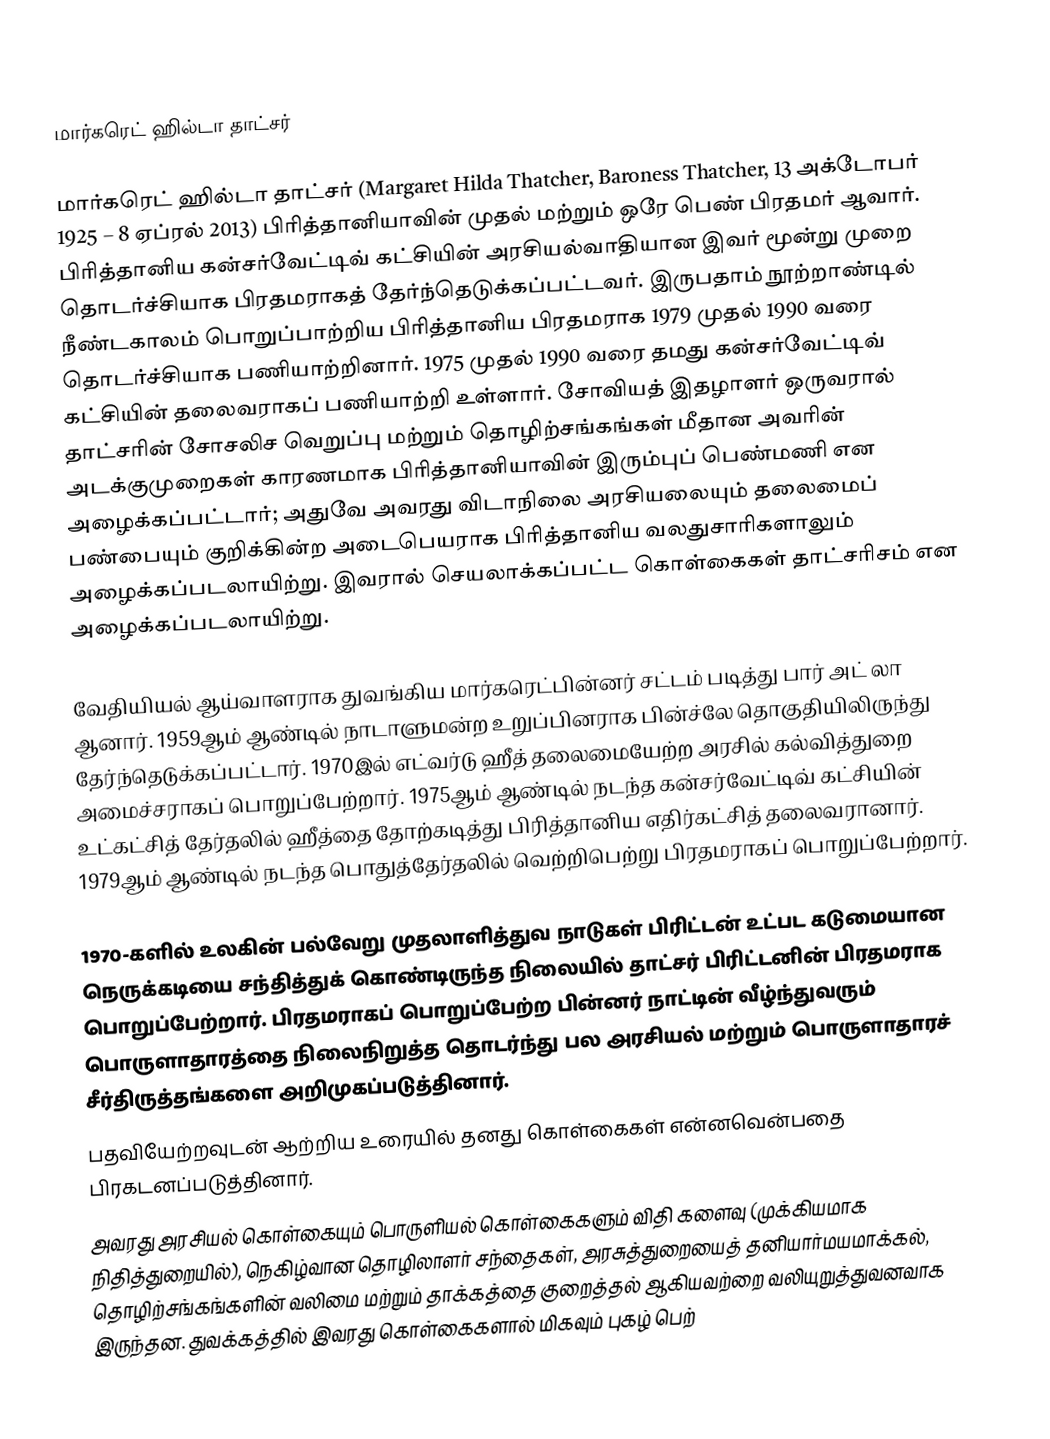

மார்கரெட் ஹில்டா தாட்சர்

மார்கரெட் ஹில்டா தாட்சர் (Margaret Hilda Thatcher, Baroness Thatcher, 13 அக்டோபர் 1925 – 8 ஏப்ரல் 2013) பிரித்தானியாவின் முதல் மற்றும் ஒரே பெண் பிரதமர் ஆவார். பிரித்தானிய கன்சர்வேட்டிவ் கட்சியின் அரசியல்வாதியான இவர் மூன்று முறை தொடர்ச்சியாக பிரதமராகத் தேர்ந்தெடுக்கப்பட்டவர். இருபதாம் நூற்றாண்டில் நீண்டகாலம் பொறுப்பாற்றிய பிரித்தானிய பிரதமராக 1979 முதல் 1990 வரை தொடர்ச்சியாக  பணியாற்றினார். 1975 முதல் 1990 வரை தமது கன்சர்வேட்டிவ் கட்சியின் தலைவராகப் பணியாற்றி உள்ளார். சோவியத் இதழாளர் ஒருவரால் தாட்சரின் சோசலிச வெறுப்பு மற்றும் தொழிற்சங்கங்கள் மீதான அவரின் அடக்குமுறைகள் காரணமாக பிரித்தானியாவின் இரும்புப் பெண்மணி என அழைக்கப்பட்டார்; அதுவே அவரது விடாநிலை அரசியலையும் தலைமைப் பண்பையும் குறிக்கின்ற அடைபெயராக பிரித்தானிய வலதுசாரிகளாலும் அழைக்கப்படலாயிற்று. இவரால் செயலாக்கப்பட்ட கொள்கைகள் தாட்சரிசம் என அழைக்கப்படலாயிற்று.

வேதியியல் ஆய்வாளராக  துவங்கிய மார்கரெட்பின்னர் சட்டம் படித்து பார் அட் லா ஆனார். 1959ஆம் ஆண்டில் நாடாளுமன்ற உறுப்பினராக பின்ச்லே தொகுதியிலிருந்து தேர்ந்தெடுக்கப்பட்டார். 1970இல் எட்வர்டு ஹீத் தலைமையேற்ற அரசில் கல்வித்துறை அமைச்சராகப் பொறுப்பேற்றார்.   1975ஆம் ஆண்டில் நடந்த கன்சர்வேட்டிவ் கட்சியின் உட்கட்சித் தேர்தலில் ஹீத்தை தோற்கடித்து பிரித்தானிய எதிர்கட்சித் தலைவரானார்.  1979ஆம் ஆண்டில் நடந்த பொதுத்தேர்தலில் வெற்றிபெற்று பிரதமராகப் பொறுப்பேற்றார்.

1970-களில் உலகின் பல்வேறு முதலாளித்துவ நாடுகள் பிரிட்டன் உட்பட கடுமையான நெருக்கடியை சந்தித்துக் கொண்டிருந்த நிலையில் தாட்சர் பிரிட்டனின் பிரதமராக பொறுப்பேற்றார். பிரதமராகப் பொறுப்பேற்ற பின்னர் நாட்டின் வீழ்ந்துவரும் பொருளாதாரத்தை நிலைநிறுத்த தொடர்ந்து பல அரசியல் மற்றும் பொருளாதாரச் சீர்திருத்தங்களை அறிமுகப்படுத்தினார்.
பதவியேற்றவுடன் ஆற்றிய உரையில் தனது கொள்கைகள் என்னவென்பதை பிரகடனப்படுத்தினார்.
அவரது அரசியல் கொள்கையும் பொருளியல் கொள்கைகளும்  விதி களைவு (முக்கியமாக நிதித்துறையில்), நெகிழ்வான தொழிலாளர் சந்தைகள், அரசுத்துறையைத் தனியார்மயமாக்கல், தொழிற்சங்கங்களின் வலிமை மற்றும் தாக்கத்தை குறைத்தல் ஆகியவற்றை வலியுறுத்துவனவாக இருந்தன.  துவக்கத்தில் இவரது கொள்கைகளால் மிகவும் புகழ் பெற்